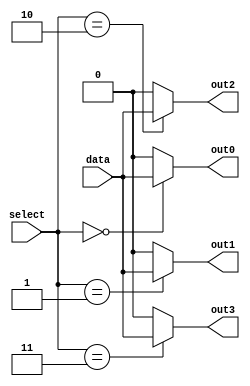
module demux2x4 (
    input [1:0] select,
    input data,
    output out0,
    output out1,
    output out2,
    output out3
);

assign out0 = (select == 2'b00) ? data : 1'b0;
assign out1 = (select == 2'b01) ? data : 1'b0;
assign out2 = (select == 2'b10) ? data : 1'b0;
assign out3 = (select == 2'b11) ? data : 1'b0;

endmodule